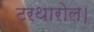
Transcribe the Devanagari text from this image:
टरथारोल।